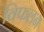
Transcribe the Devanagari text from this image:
विफलन